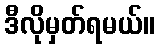
ဒီလိုမှတ်ရမယ်။